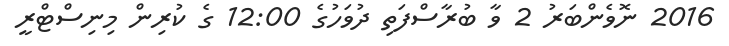
2016 ނޮވެންބަރު 2 ވާ ބުރާސްފަތި ދުވަހުގެ 12:00 ގެ ކުރިން މިނިސްޓްރީ